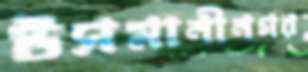
উসমানীনগর